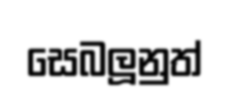
සෙබලූනුත්